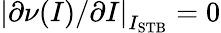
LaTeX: \left\lvert\partial\nu(I)/\partial I\right\lvert_{I_{\mathrm{STB}}}=0